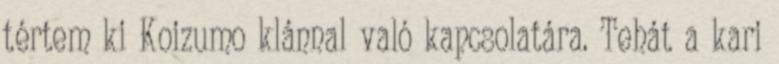
tértem ki Koizumo klánnal való kapcsolatára. Tehát a kari